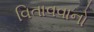
વિતાવવાનો